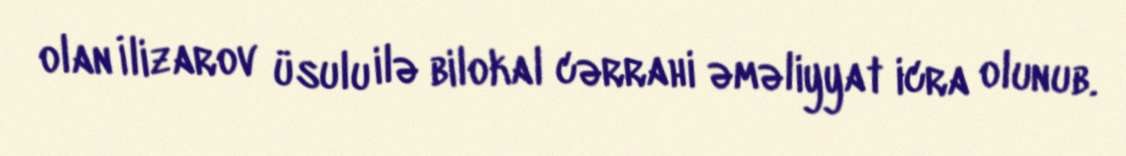
olan İlizarov üsulu ilə bilokal cərrahi əməliyyat icra olunub.